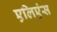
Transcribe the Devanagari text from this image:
एलिएंस